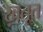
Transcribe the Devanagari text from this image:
ख़तूत